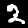
Label: 2